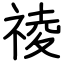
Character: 祾